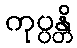
ကုပ္ပန္တိ